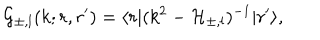
LaTeX: { \cal G } _ { \pm , l } ( k ; r , r ^ { \prime } ) = \langle r | ( k ^ { 2 } - { \cal H } _ { \pm , l } ) ^ { - 1 } | r ^ { \prime } \rangle ,